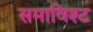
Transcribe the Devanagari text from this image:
समाविश्ट